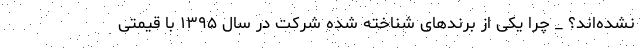
نشده‌اند؟ _ چرا یکی از برندهای شناخته شده شرکت در سال ۱۳۹۵ با قیمتی